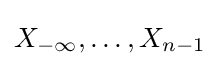
X_{-\infty },\ldots ,X_{n-1}